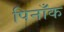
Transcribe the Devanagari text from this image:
पिनाँक